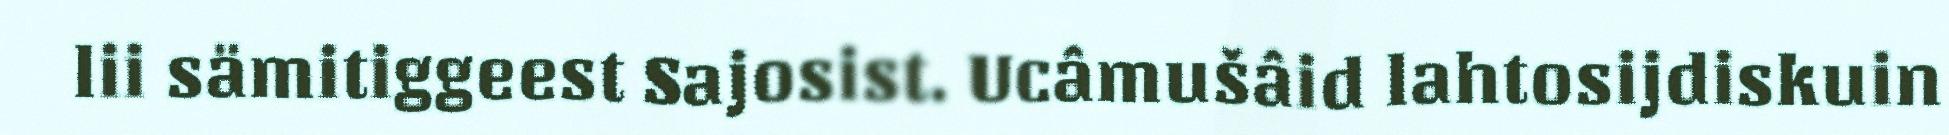
lii sämitiggeest Sajosist. Ucâmušâid lahtosijdiskuin